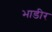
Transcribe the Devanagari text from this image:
भाडीर